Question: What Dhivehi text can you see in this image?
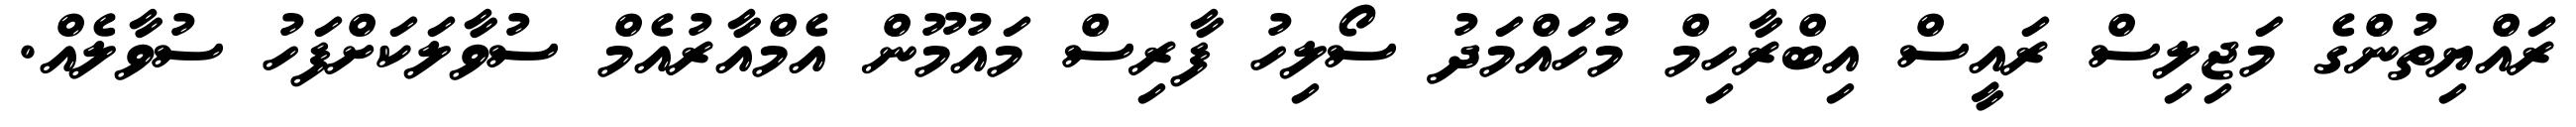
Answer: ރައްޔިތުންގެ މަޖިލިސް ރައީސް އިބްރާހިމް މުހައްމަދު ސޯލިހު ފާރިސް މައުމޫން އެމްއާރުއެމް ސުވާލަކަށްފަހު ސުވާލެއް.